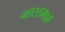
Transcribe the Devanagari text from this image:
भारतमार्गे